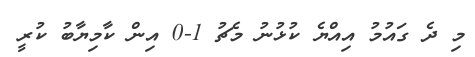
މި ދެ ގައުމު އިއްޔެ ކުޅުނު މެޗު 1-0 އިން ކާމިޔާބު ކުރީ